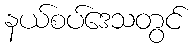
နယ်စပ်ဒေသတွင်